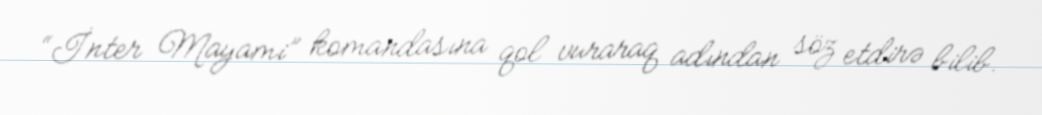
“İnter Mayami” komandasına qol vuraraq adından söz etdirə bilib.